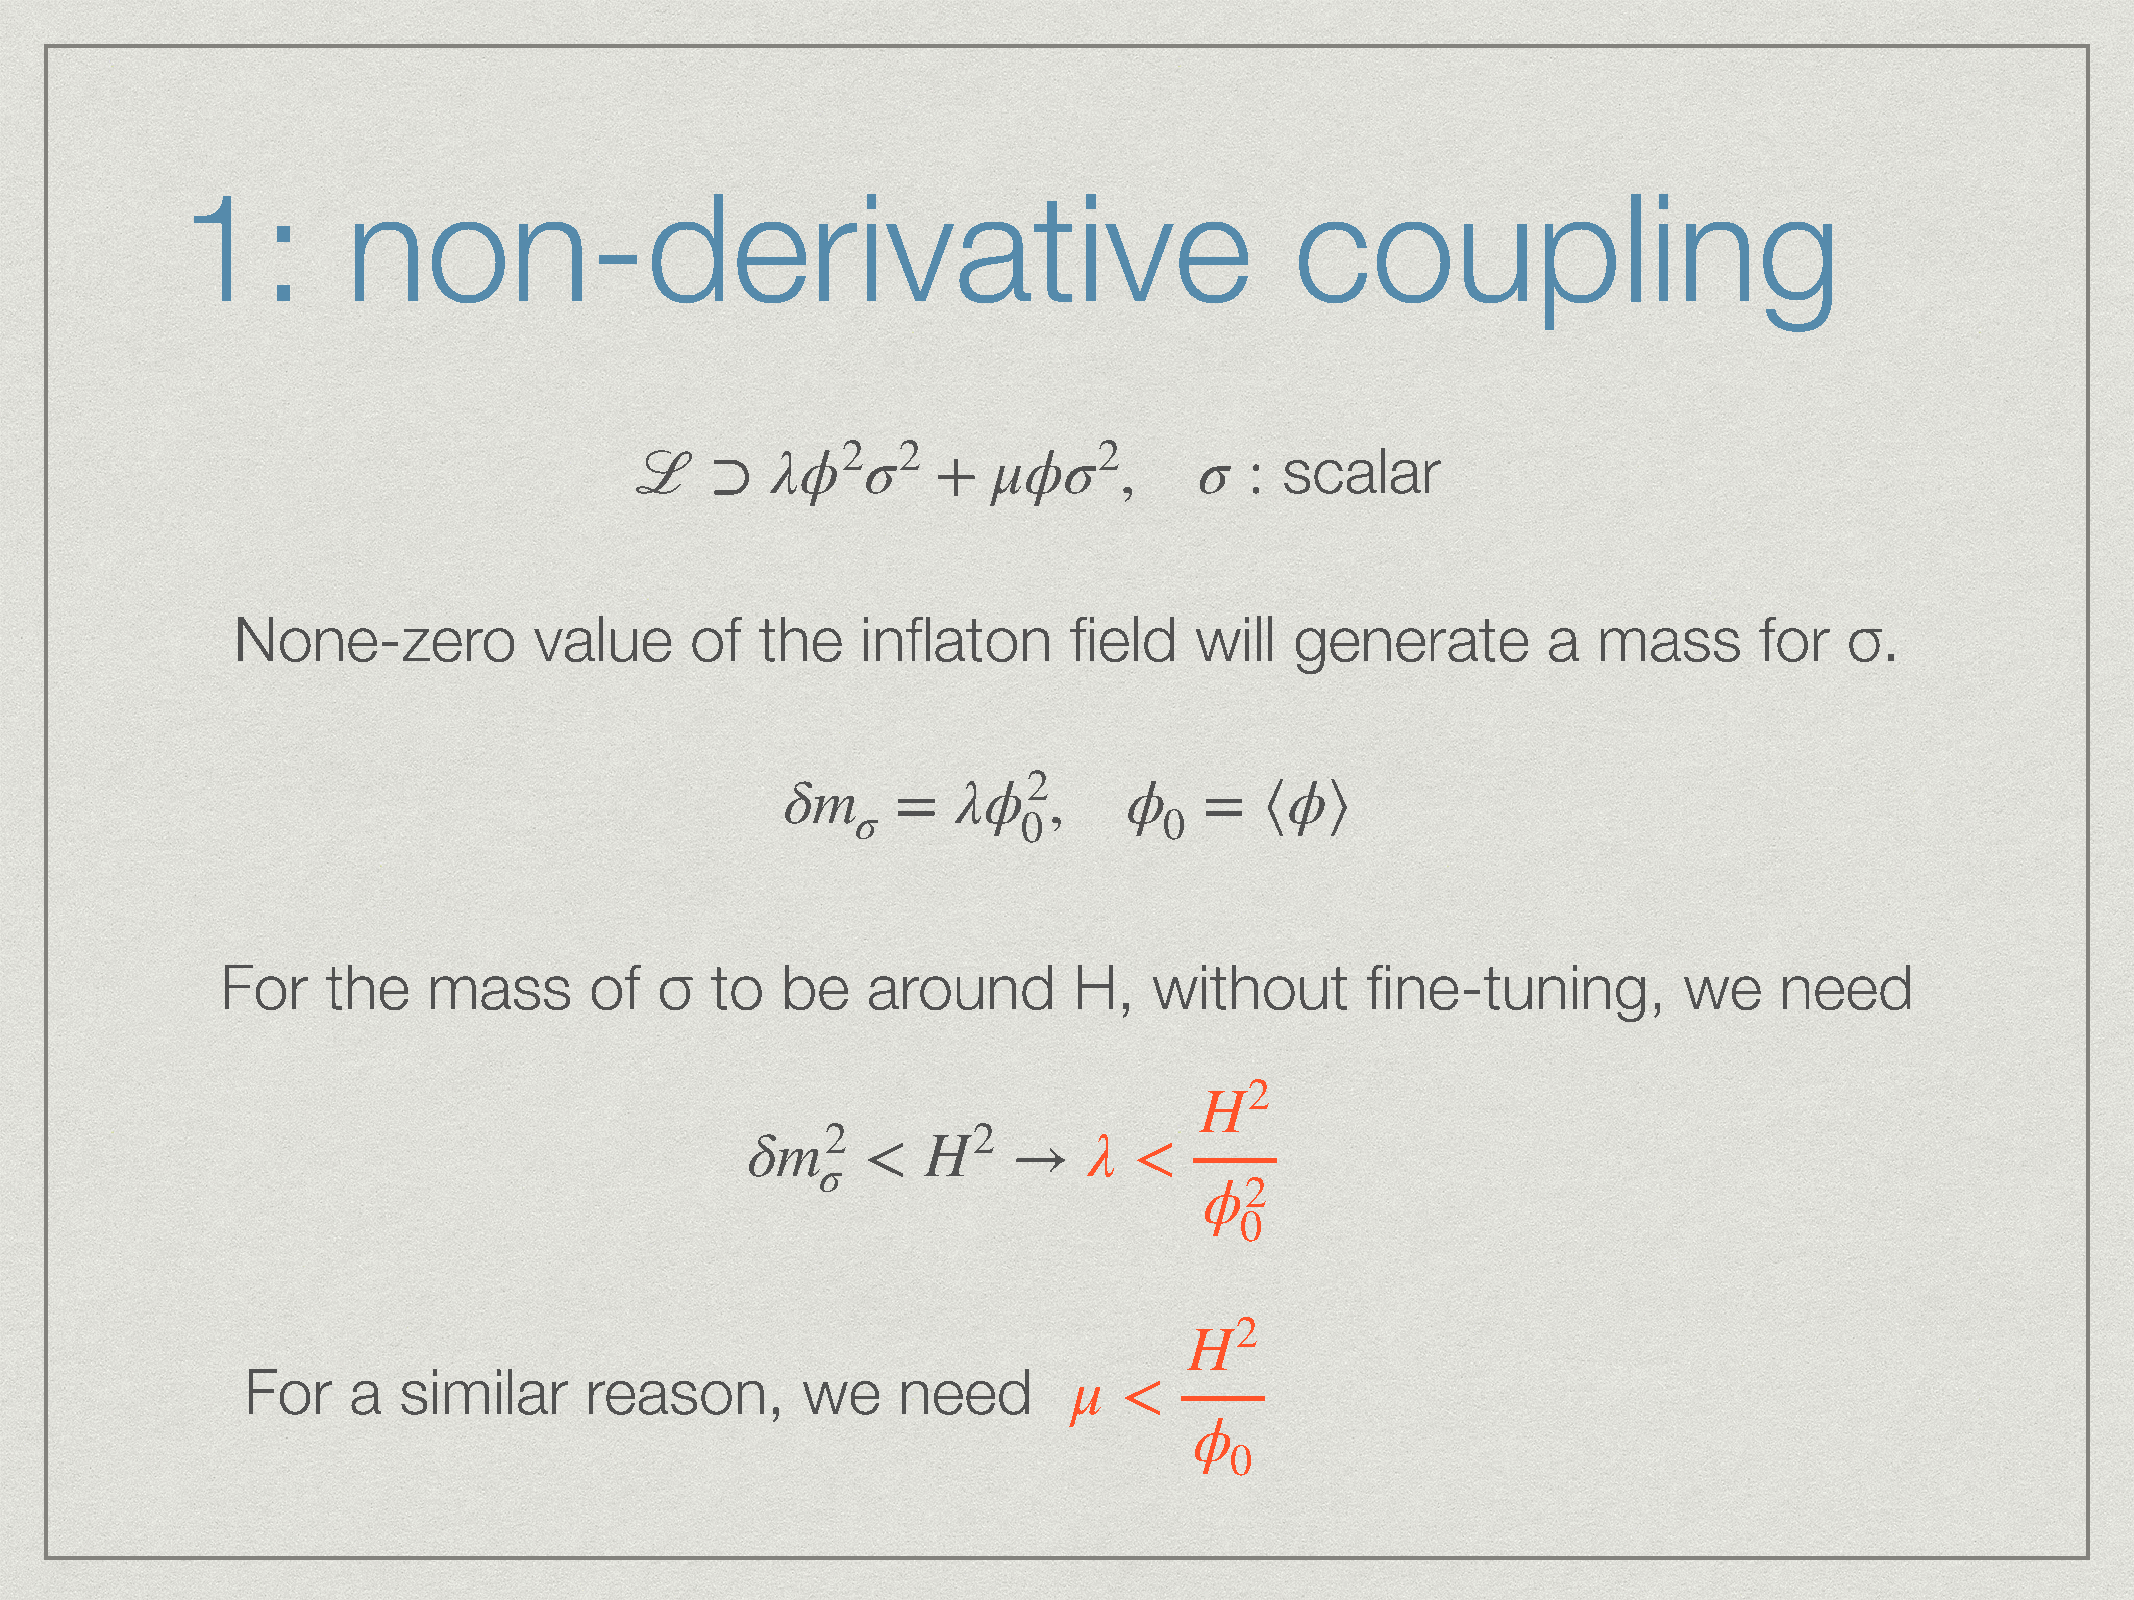
1:         non-derivative                                                 coupling
 λϕ2σ2          μϕσ2         σ     scalar
 ℒ    ⊃              +           ,        :
 None-zero           value      of  the    inflaton      field   will   generate        a   mass      for   σ.
 δm         λϕ2         ϕ         ϕ
 =         ,          =   ⟨   ⟩
 σ          0        0
 For    the   mass       of   σ  to   be   around        H,   without       fine-tuning,         we     need
 H2
 δm2         H2         λ
 <         →       <
 σ
 ϕ2
 0
 H2
 For    a  similar      reason,       we    need        μ
 <
 ϕ
 0